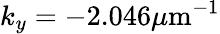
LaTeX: k_{y}=-2.046\mu\mathrm{m}^{-1}